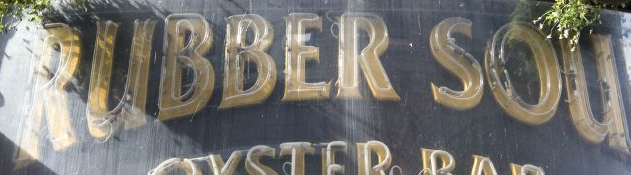
RUBBER SOU